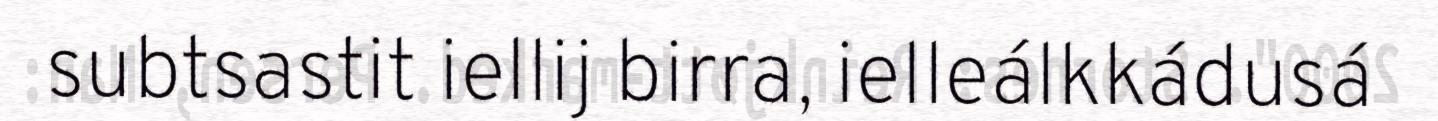
subtsastit iellij birra, ielleálkkádusá